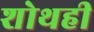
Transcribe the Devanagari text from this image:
शोथही